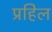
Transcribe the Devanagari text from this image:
प्रहिल